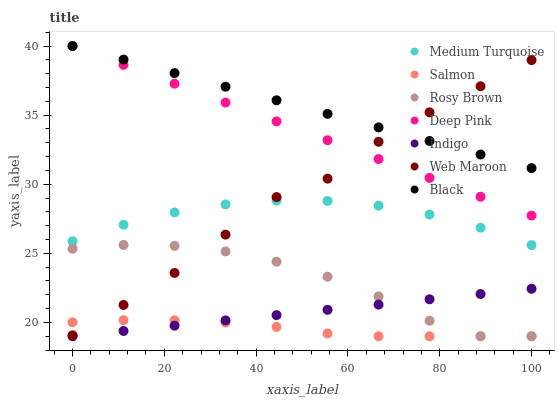
| xaxis_label | Medium Turquoise | Salmon | Rosy Brown | Deep Pink | Indigo | Web Maroon | Black |
 | --- | --- | --- | --- | --- | --- | --- | --- |
 | 0 | 25.9 | 20 | 25.3 | 40 | 19 | 19.1 | 40 |
 | 11.1 | 27.1 | 20.2 | 25.6 | 38.6 | 19.4 | 21.3 | 39 |
 | 22.2 | 28 | 20.2 | 25.5 | 37.3 | 19.8 | 23.6 | 38 |
 | 33.3 | 28.5 | 20 | 25.1 | 35.9 | 20.1 | 26.4 | 37.1 |
 | 44.4 | 28.8 | 19.7 | 24.4 | 34.5 | 20.5 | 29.1 | 36.1 |
 | 55.6 | 28.8 | 19.2 | 23.3 | 33.2 | 20.9 | 30.4 | 35.1 |
 | 66.7 | 28.5 | 19 | 21.9 | 31.8 | 21.3 | 33.1 | 34.1 |
 | 77.8 | 27.8 | 19 | 20.1 | 30.5 | 21.7 | 35.2 | 33.1 |
 | 88.9 | 26.9 | 19 | 19 | 29.1 | 22.1 | 37.1 | 32.1 |
 | 100 | 25.6 | 19 | 19 | 27.7 | 22.4 | 39 | 31.2 |